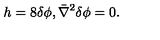
h = 8 \delta \phi , \bar { \nabla } ^ { 2 } \delta \phi = 0 .